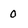
Character: 0